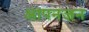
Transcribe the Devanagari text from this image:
आपनजन